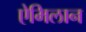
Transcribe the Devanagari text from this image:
ऐमिलान